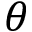
\theta